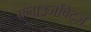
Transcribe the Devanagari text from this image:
क्लाउजविट्ज़